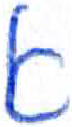
אות: א